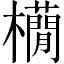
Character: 𣟫